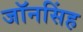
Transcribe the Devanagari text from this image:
जॉनसिंह